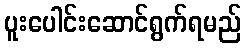
ပူးပေါင်းဆောင်ရွက်ရမည်